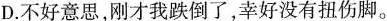
D.不好意思，刚才我跌倒了，幸好没有扭伤脚。